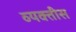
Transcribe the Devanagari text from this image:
व्‍यक्तीस